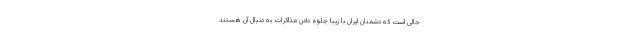
حالی است که دشمنان ایران با زیبا جلوه دادن مذاکرات به دنبال آن هستند